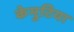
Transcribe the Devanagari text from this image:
केमुटिया